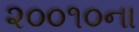
૨૦૦૧૦ના